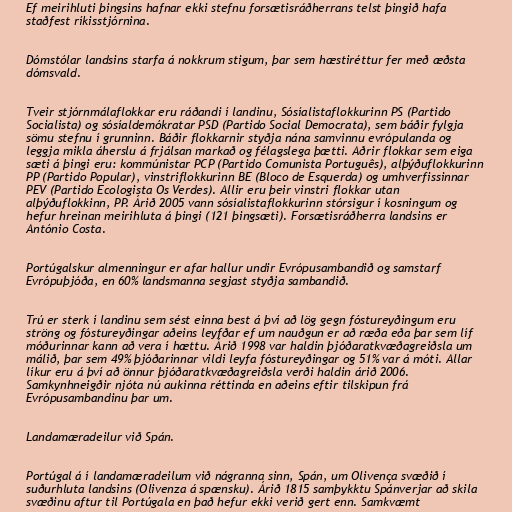
Ef meirihluti þingsins hafnar ekki stefnu forsætisráðherrans telst þingið hafa
staðfest ríkisstjórnina.

Dómstólar landsins starfa á nokkrum stigum, þar sem hæstiréttur fer með æðsta
dómsvald.

Tveir stjórnmálaflokkar eru ráðandi í landinu, Sósíalistaflokkurinn PS (Partido
Socialista) og sósíaldemókratar PSD (Partido Social Democrata), sem báðir fylgja
sömu stefnu í grunninn. Báðir flokkarnir styðja nána samvinnu evrópulanda og
leggja mikla áherslu á frjálsan markað og félagslega þætti. Aðrir flokkar sem eiga
sæti á þingi eru: kommúnistar PCP (Partido Comunista Português), alþýðuflokkurinn
PP (Partido Popular), vinstriflokkurinn BE (Bloco de Esquerda) og umhverfissinnar
PEV (Partido Ecologista Os Verdes). Allir eru þeir vinstri flokkar utan
alþýðuflokkinn, PP. Árið 2005 vann sósíalistaflokkurinn stórsigur í kosningum og
hefur hreinan meirihluta á þingi (121 þingsæti). Forsætisráðherra landsins er
António Costa.

Portúgalskur almenningur er afar hallur undir Evrópusambandið og samstarf
Evrópuþjóða, en 60% landsmanna segjast styðja sambandið.

Trú er sterk í landinu sem sést einna best á því að lög gegn fóstureyðingum eru
ströng og fóstureyðingar aðeins leyfðar ef um nauðgun er að ræða eða þar sem líf
móðurinnar kann að vera í hættu. Árið 1998 var haldin þjóðaratkvæðagreiðsla um
málið, þar sem 49% þjóðarinnar vildi leyfa fóstureyðingar og 51% var á móti. Allar
líkur eru á því að önnur þjóðaratkvæðagreiðsla verði haldin árið 2006.
Samkynhneigðir njóta nú aukinna réttinda en aðeins eftir tilskipun frá
Evrópusambandinu þar um.

Landamæradeilur við Spán.

Portúgal á í landamæradeilum við nágranna sinn, Spán, um Olivença svæðið í
suðurhluta landsins (Olivenza á spænsku). Árið 1815 samþykktu Spánverjar að skila
svæðinu aftur til Portúgala en það hefur ekki verið gert enn. Samkvæmt